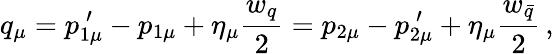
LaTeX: q_{\mu}=p_{1\mu}^{\: \prime}-p_{1\mu}+\eta_{\mu}\frac{w_{q}}{2}=p_{2\mu}-p_{2\mu}^{\: \prime}+\eta_{\mu}\frac{w_{\bar{q}}}{2}\, ,